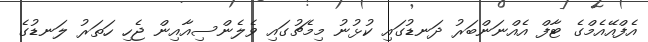
އެފްއޭއެމްގެ ޓާފް އެއްނަންބަރު ދަނޑުގައި ކުޅުނު މިމެޗުގައި ވެލެންސިއާއިން ޖެހި ހަތަރު ލަނޑުގެ